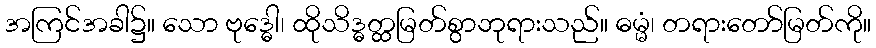
အကြင်အခါ၌။ သော ဗုဒ္ဓေါ၊ ထိုသိဒ္ဓတ္ထမြတ်စွာဘုရားသည်။ ဓမ္မံ၊ တရားတော်မြတ်ကို။